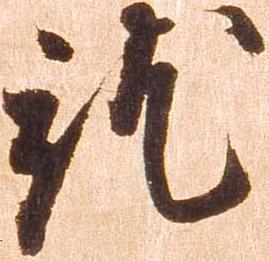
就